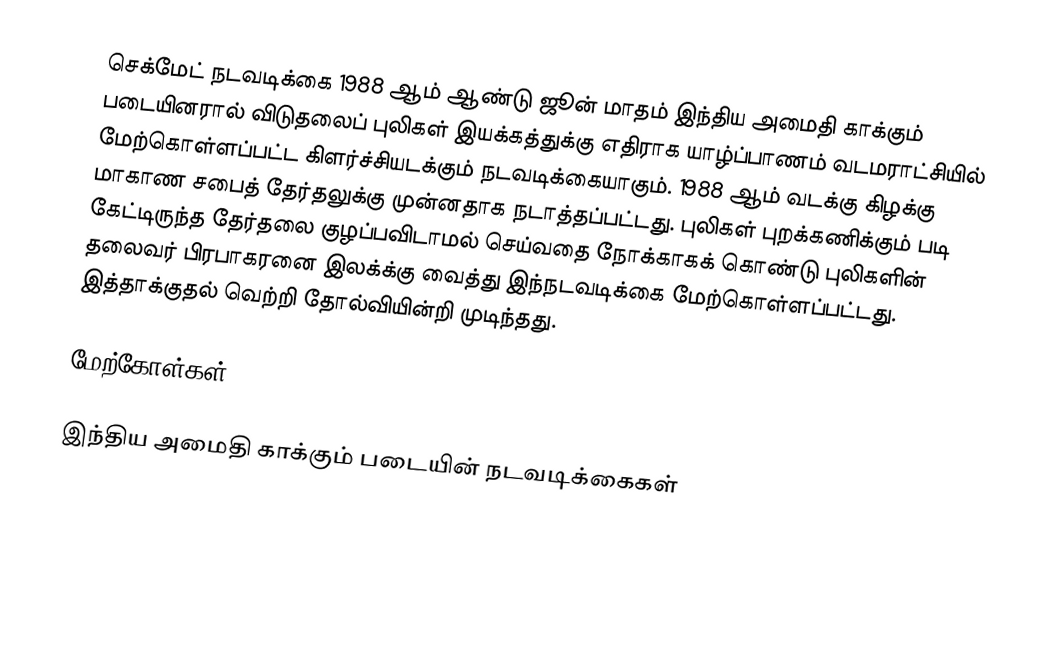
செக்மேட் நடவடிக்கை 1988 ஆம் ஆண்டு ஜூன் மாதம் இந்திய அமைதி காக்கும் படையினரால் விடுதலைப் புலிகள் இயக்கத்துக்கு எதிராக யாழ்ப்பாணம் வடமராட்சியில் மேற்கொள்ளப்பட்ட கிளர்ச்சியடக்கும் நடவடிக்கையாகும். 1988 ஆம் வடக்கு கிழக்கு மாகாண சபைத் தேர்தலுக்கு முன்னதாக நடாத்தப்பட்டது. புலிகள் புறக்கணிக்கும் படி கேட்டிருந்த தேர்தலை குழப்பவிடாமல் செய்வதை நோக்காகக் கொண்டு புலிகளின் தலைவர் பிரபாகரனை இலக்க்கு வைத்து இந்நடவடிக்கை மேற்கொள்ளப்பட்டது. இத்தாக்குதல் வெற்றி தோல்வியின்றி முடிந்தது.

மேற்கோள்கள்

இந்திய அமைதி காக்கும் படையின் நடவடிக்கைகள்